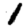
Digit: 1